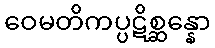
ဝေမတိကပ္ပဋိစ္ဆန္နော